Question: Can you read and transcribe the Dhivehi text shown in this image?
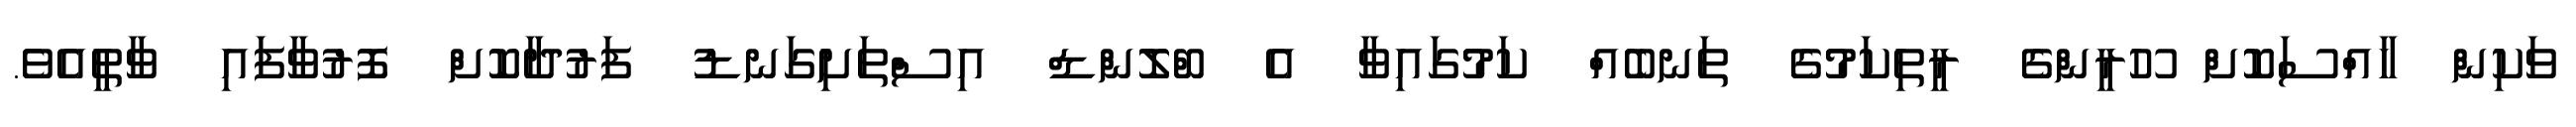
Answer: ވަކިން ހާއްސަކޮށް ހޫރީންގެ ރީތިކަމުގެ ތަނބެއް ކަމުގައިވާ އެ ބްލޮންޑް އިސްތަށިގަނޑު ފަރުދާކޮށް ފޮރުވާފައި ވާތީއެވެ.